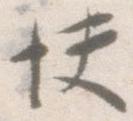
快